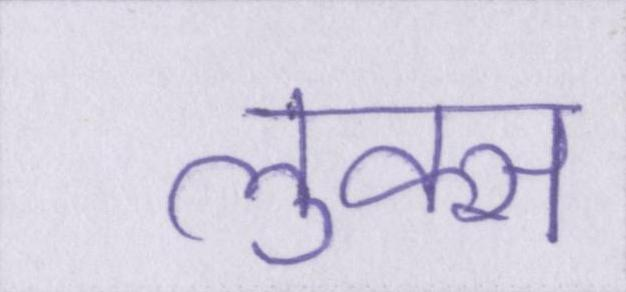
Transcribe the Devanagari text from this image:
लुक्स